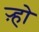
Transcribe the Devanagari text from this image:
ऱ्हो